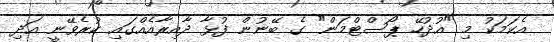
އެކަމަކު މި "އުދުހޭ ޕޯސްޓްމަން" ގެ ބޭނުން ފުޅާ ދާއިރާއެއްގައި ކުރެވޭނީ އަދި